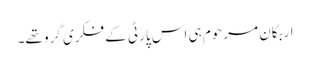
اربکان مرحوم ہی اس پارٹی کے فکری گرو تھے۔